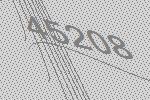
45208